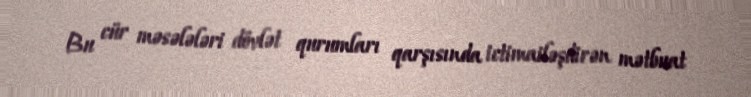
Bu cür məsələləri dövlət qurumları qarşısında ictimailəşdirən mətbuat